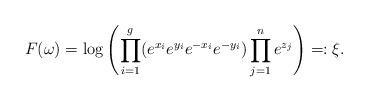
LaTeX: \begin{align*}F(\omega) =\log \left( \prod_{i=1}^g (e^{x_i} e^{y_i} e^{-x_i} e^{-y_i}) \prod_{j=1}^n e^{z_j} \right) =: \xi.\end{align*}